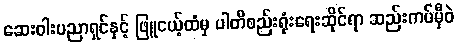
ဆေးဝါးပညာရှင်နှင့် ဖြူငယ့်ထံမှ ပါတီစည်းရုံးရေးဆိုင်ရာ ဆည်းကပ်မှီဝဲ